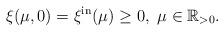
LaTeX: \begin{align*}\xi(\mu, 0) = \xi^{\mathrm{in}}(\mu)\ge 0,\ \mu\in \mathbb{R}_{>0}.\end{align*}